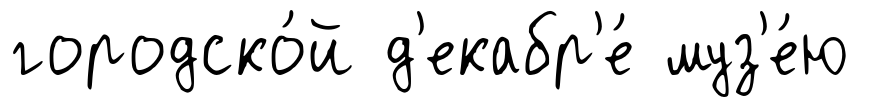
городско́й д'екабр'е́ муз'е́ю